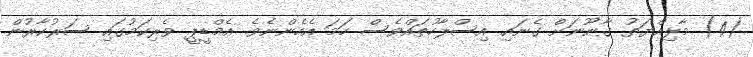
(4) މާލިއްޔަތު ގާނޫނަށް ގެނައި އިސްލާހުތައްވެސް ހަމަ އެހެންނެވެ. އެމްޑީޕީ ވެރިކަމުގައި ސަރުކާރުން